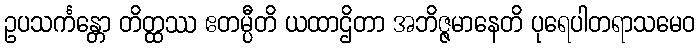
ဥပသင်္ကန္တော တိတ္ထဿ ဧတမ္ပီတိ ယထာဌိတာ အဘိဇ္ဇမာနေတိ ပုရေပါတရာသမေဝ